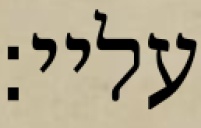
עליי: